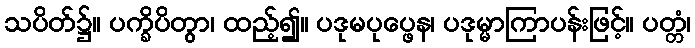
သပိတ်၌။ ပက္ခိပိတွာ၊ ထည့်၍။ ပဒုမပုပ္ဖေန၊ ပဒုမ္မာကြာပန်းဖြင့်။ ပတ္တံ၊